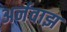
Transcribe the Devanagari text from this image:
अर्नवाझ